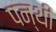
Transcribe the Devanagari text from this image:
पन्थी